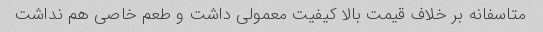
متاسفانه بر خلاف قیمت بالا کیفیت معمولی داشت و طعم خاصی هم نداشت